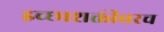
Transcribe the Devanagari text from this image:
इच्छाशक्तीवरच